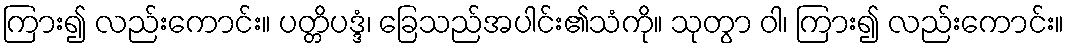
ကြား၍ လည်းကောင်း။ ပတ္တိပဒ္ဒံ၊ ခြေသည်အပါင်း၏သံကို။ သုတွာ ဝါ၊ ကြား၍ လည်းကောင်း။